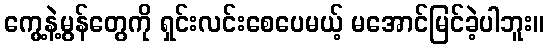
ကွေ့နဲ့မွန်တွေကို ရှင်းလင်းစေပေမယ့် မအောင်မြင်ခဲ့ပါဘူး။